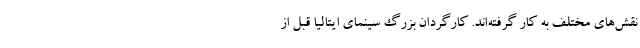
نقش‌های مختلف به کار گرفته‌اند. کارگردان بزرگ سینمای ایتالیا قبل از